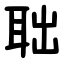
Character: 聉